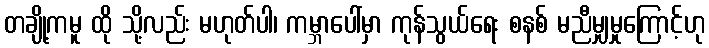
တချို့ကမူ ထို သို့လည်း မဟုတ်ပါ၊ ကမ္ဘာပေါ်မှာ ကုန်သွယ်ရေး စနစ် မညီမျှမှုကြောင့်ဟု